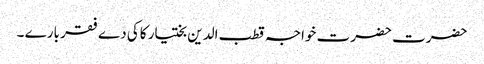
حضرت حضرت خواجہ قطب الدین بختیار کاکی دے فقر بارے ۔